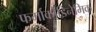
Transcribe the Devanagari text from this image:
फर्माकोडिनेमिक